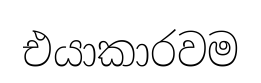
එයාකාරවම